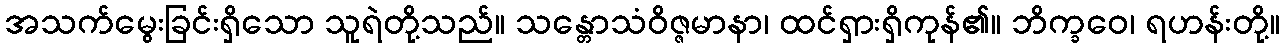
အသက်မွေးခြင်းရှိသော သူရဲတို့သည်။ သန္တောသံဝိဇ္ဇမာနာ၊ ထင်ရှားရှိကုန်၏။ ဘိက္ခဝေ၊ ရဟန်းတို့။